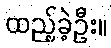
ထည့်ခဲ့ဦး။